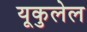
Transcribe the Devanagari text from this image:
यूकुलेल